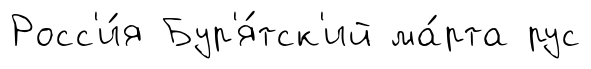
Росс'и́я Бур'я́тск'ий ма́рта рус